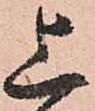
上